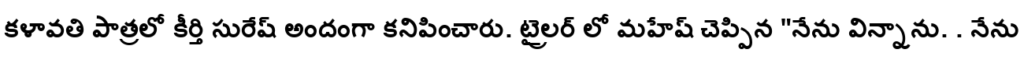
కళావతి పాత్రలో కీర్తి సురేష్ అందంగా కనిపించారు. ట్రైలర్ లో మహేష్ చెప్పిన "నేను విన్నాను. . నేను